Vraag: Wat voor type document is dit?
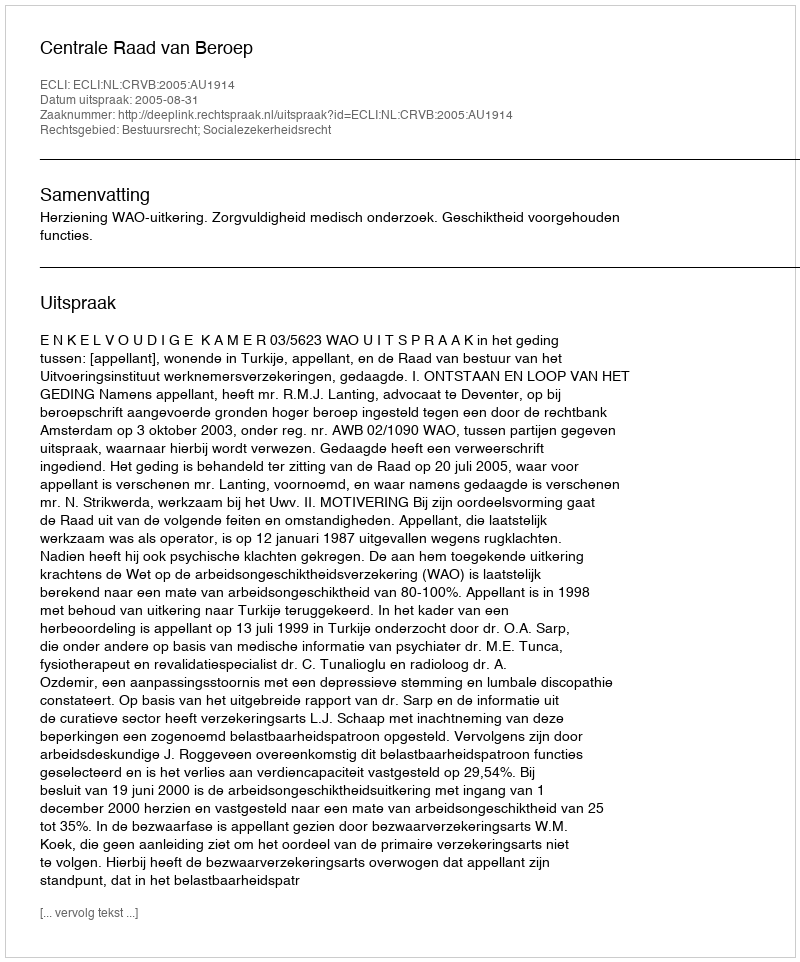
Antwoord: Uitspraak